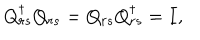
Q _ { r s } ^ { \dagger } Q _ { r s } = Q _ { r s } Q _ { r s } ^ { \dagger } = I ,